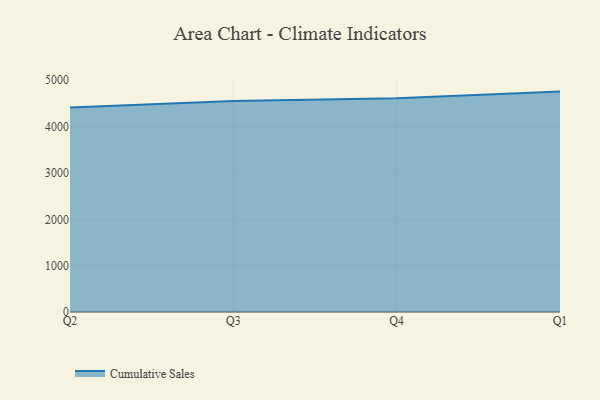
{"axis": {"x": "Quarter", "y": "Revenue (USD Million)"}, "legend": ["Cumulative Sales"], "data": [{"x": "Q2", "y": 4414.5, "type": "Cumulative Sales"}, {"x": "Q3", "y": 4554.7, "type": "Cumulative Sales"}, {"x": "Q4", "y": 4614.1, "type": "Cumulative Sales"}, {"x": "Q1", "y": 4755.0, "type": "Cumulative Sales"}]}